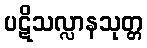
ပဋိသလ္လာနသုတ္တ